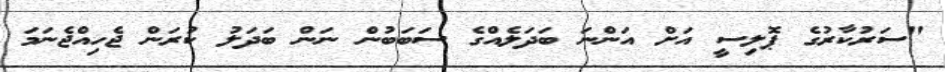
"ސަރުކާރުގެ ޕޮލިސީ އަށް އަންނަ ބަދަލެއްގެ ސަބަބުން ނަން ބަދަލު ކުރަން ޖެހިއްޖެނަމަ